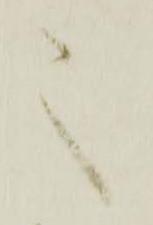
之